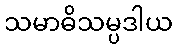
သမာဓိသမ္ပဒါယ